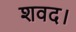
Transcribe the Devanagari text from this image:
शवद।